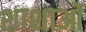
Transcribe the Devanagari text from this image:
शाशाओं